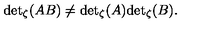
{ \det } _ { \zeta } ( A B ) \neq { \det } _ { \zeta } ( A ) { \det } _ { \zeta } ( B ) .